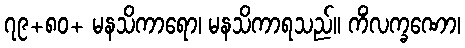
၇၉+၈၀+ မနသိကာရော၊ မနသိကာရသည်။ ကိံလက္ခဏော၊